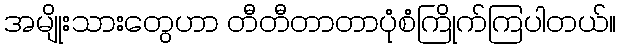
အမျိုးသားတွေဟာ တီတီတာတာပုံစံကြိုက်ကြပါတယ်။